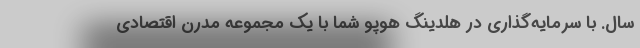
سال. با سرمایه‌گذاری در هلدینگ هوپو شما با یک مجموعه مدرن اقتصادی